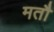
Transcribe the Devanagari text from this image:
मतौ